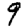
Digit: 9